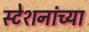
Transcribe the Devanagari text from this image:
स्टेशनांच्या